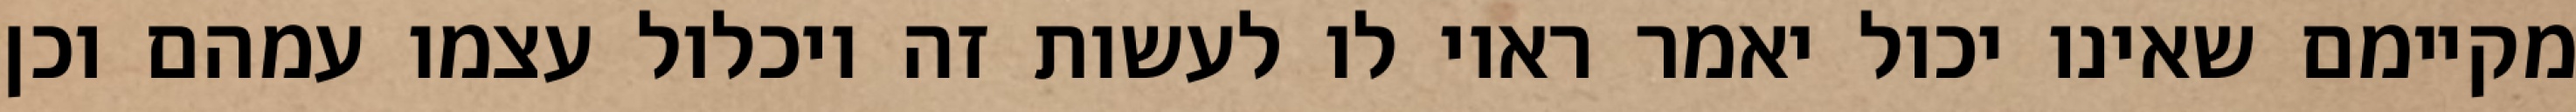
מקיימם שאינו יכול יאמר ראוי לו לעשות זה ויכלול עצמו עמהם וכן